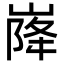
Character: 𡹷